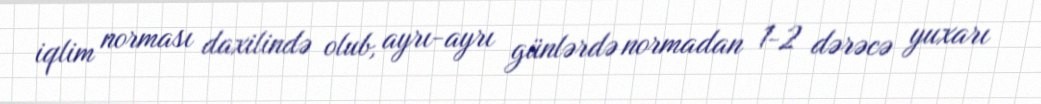
iqlim norması daxilində olub, ayrı-ayrı günlərdə normadan 1-2 dərəcə yuxarı